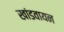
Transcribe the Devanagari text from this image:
खांडवायन